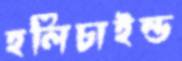
হলিচাইল্ড